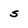
Character: s